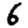
Digit: 6